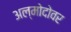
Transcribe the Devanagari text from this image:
अल्मोदोवर